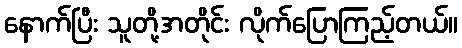
နောက်ပြီး သူတို့အတိုင်း လိုက်ပြောကြည့်တယ်။